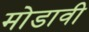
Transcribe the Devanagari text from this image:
मोडावी